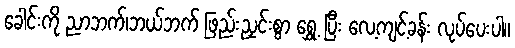
ခေါင်းကို ညာဘက်၊ဘယ်ဘက် ဖြည်းညှင်းစွာ ရွှေ့ ပြီး လေ့ကျင့်ခန်း လုပ်ပေးပါ။